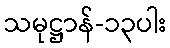
သမုဋ္ဌာန်-၁၃ပါး